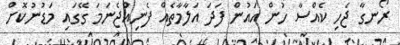
ރޯނގާ ޖެހި ކެއްސާ ހުން އައުން ފަދަ އަލާމާތެއް ފެނިއްޖެނަމަ ގޭގައި މަޑުނުކޮށް